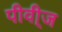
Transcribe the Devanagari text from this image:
पीवी्ज